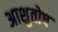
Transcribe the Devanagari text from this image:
अाशुतोष